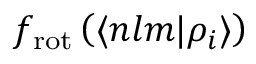
f _ { \mathrm { r o t } } \left( \langle n l m | \rho _ { i } \rangle \right)